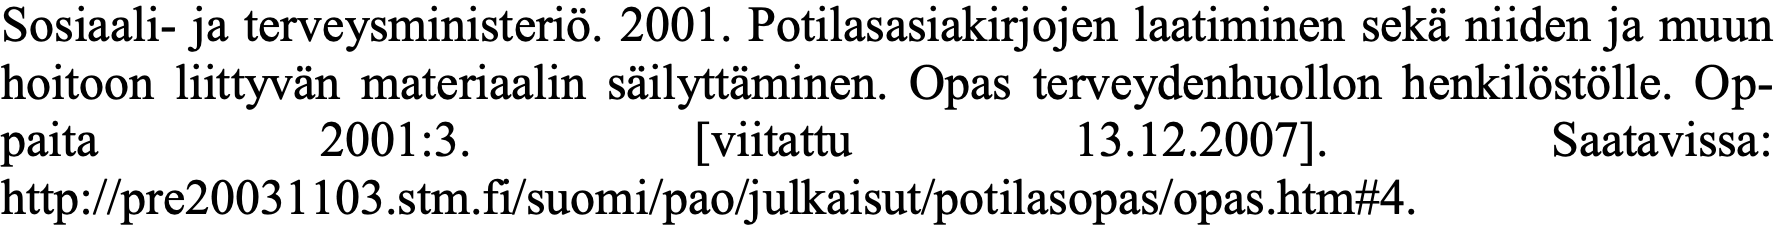
Sosiaali- ja terveysministeriö. 2001. Potilasasiakirjojen laatiminen sekä niiden ja muun hoitoon liittyvän materiaalin säilyttäminen. Opas terveydenhuollon henkilöstölle. Op- paita     2001:3.      [viitattu   13.12.2007].    Saatavissa: http://pre20031103.stm.fi/suomi/pao/julkaisut/potilasopas/opas.htm#4.